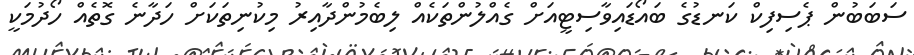
ސަބަބުން ޕެސިފިކް ކަނޑުގެ ބައޯޑައިވާސިޓީއަށް ގެއްލުންތަކެއް ލިބެމުންދާއިރު މިކުނިތަކަށް ހަދާނެ ގޮތެއް ހޯދުމަކީ